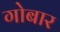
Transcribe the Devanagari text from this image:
गोबार